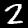
Digit: 2